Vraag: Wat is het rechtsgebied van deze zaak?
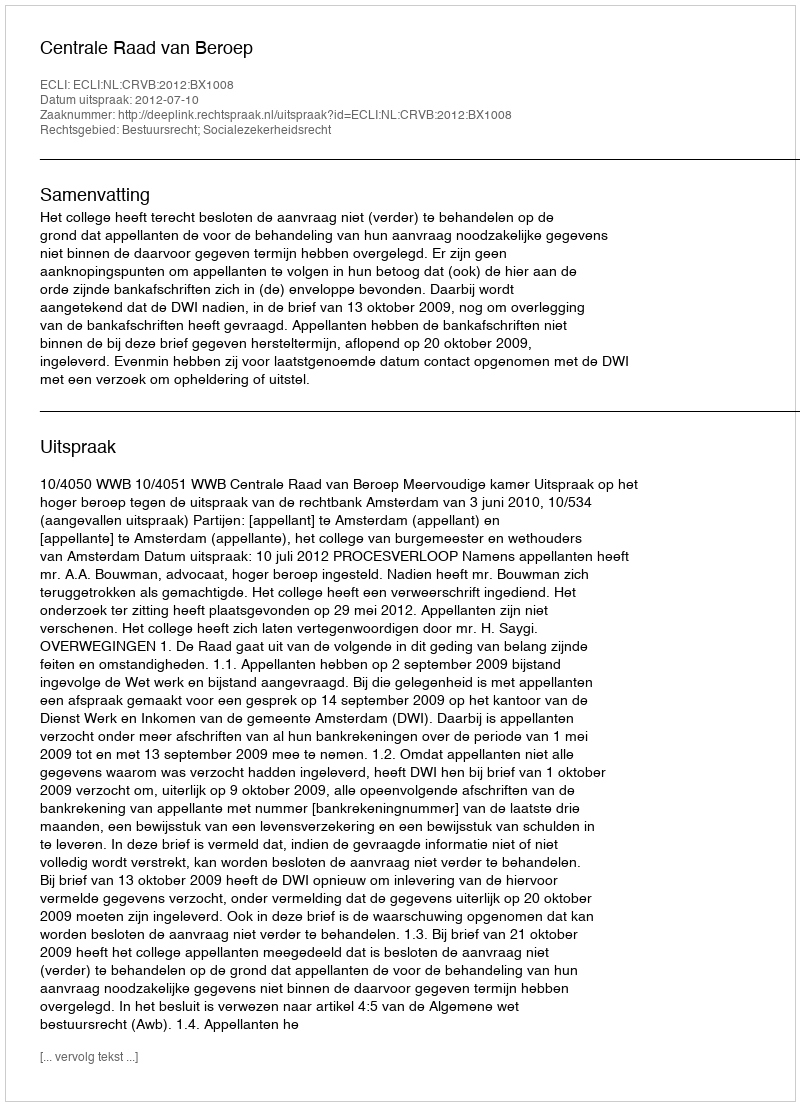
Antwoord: Bestuursrecht; Socialezekerheidsrecht